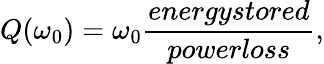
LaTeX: Q(\omega_{0})=\omega_{0}\frac{\textit{energystored}}{\textit{powerloss}},